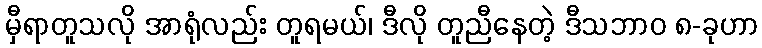
မှီရာတူသလို အာရုံလည်း တူရမယ်၊ ဒီလို တူညီနေတဲ့ ဒီသဘာဝ ၈-ခုဟာ